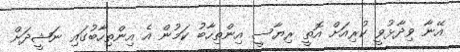
އޭނާ ވިދާޅުވީ ކުރިއަށް އޮތީ ރިޔާސީ އިންތިހާބު ކަމުން އެ އިންތިހާބުގައި ނަޝީދަށް